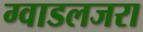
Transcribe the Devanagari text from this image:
ग्वाडलजरा